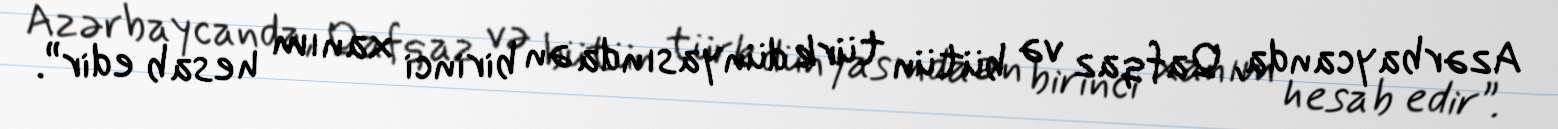
Azərbaycanda, Qafqaz və bütün türk dünyasında ən birinci xanım hesab edir”.